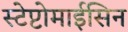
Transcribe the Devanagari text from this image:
स्टेप्टोमाईसिन